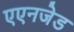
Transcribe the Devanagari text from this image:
एएनजेड